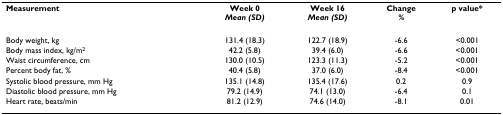
| Measurement | Week 0Mean (SD) | Week 16Mean (SD) | Change% | p value* |
 | --- | --- | --- | --- | --- |
 | Body weight, kg | 131.4 (18.3) | 122.7 (18.9) | -6.6 | <0.001 |
 | Body mass index, kg/m2 | 42.2 (5.8) | 39.4 (6.0) | -6.6 | <0.001 |
 | Waist circumference, cm | 130.0 (10.5) | 123.3 (11.3) | -5.2 | <0.001 |
 | Percent body fat, % | 40.4 (5.8) | 37.0 (6.0) | -8.4 | <0.001 |
 | Systolic blood pressure, mm Hg | 135.1 (14.8) | 135.4 (17.6) | 0.2 | 0.9 |
 | Diastolic blood pressure, mm Hg | 79.2 (14.9) | 74.1 (13.0) | -6.4 | 0.1 |
 | Heart rate, beats/min | 81.2 (12.9) | 74.6 (14.0) | -8.1 | 0.01 |